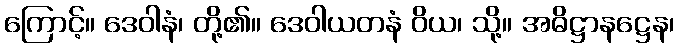
ကြောင့်။ ဒေဝါနံ၊ တို့၏။ ဒေဝါယတနံ ဝိယ၊ သို့။ အဓိဋ္ဌာနဋ္ဌေန၊